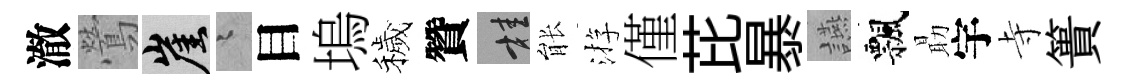
澈鶯崖迢目塢穢贊桂䏻㳺僅芘暴讌飄朂宇寺簣